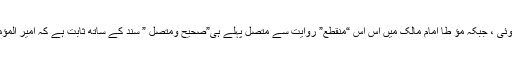
” نصب الرایۃ للز یلعی: (۱۶۳/۲) لہذا یہ روایت ” منقطع” ہوئی ، جبکہ مؤ طا امام مالک میں اس اس “منقطع” روایت سے متصل پہلے ہی”صحیح ومتصل ” سند کے ساتھ ثابت ہے کہ امیر المؤمنین سید نا عمر بن خطاب ؓ نے گیارہ رکعت کا حکم دیا تھا۔